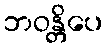
ဘဝန္တိပေ